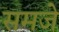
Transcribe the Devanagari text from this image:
समजे